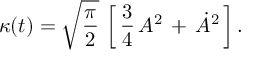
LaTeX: \kappa ( t ) = \sqrt { { \frac { \pi } { 2 } } } \, \left[ \, { \frac { 3 } { 4 } } \, A ^ { 2 } \, + \, \dot { A } ^ { 2 } \, \right] .